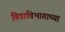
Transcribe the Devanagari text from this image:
विवाविभागाच्या